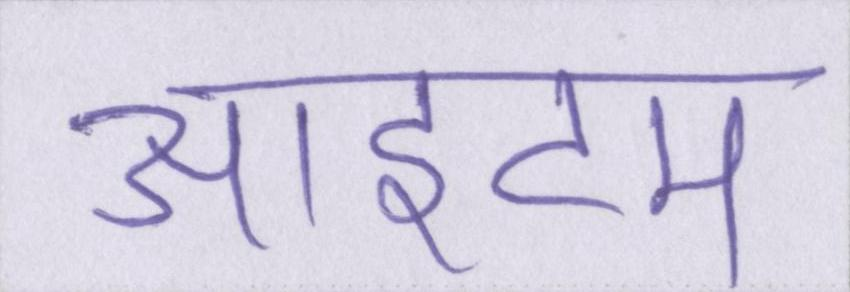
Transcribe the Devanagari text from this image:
आइटम